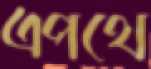
এপথে